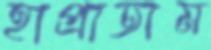
হাপ্‌রাতাম